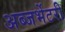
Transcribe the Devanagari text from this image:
अब्जर्भेटरी